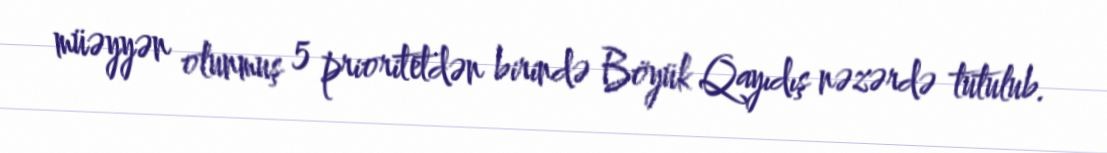
müəyyən olunmuş 5 prioritetdən birində Böyük Qayıdış nəzərdə tutulub.